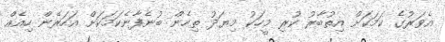
އެވަރުގެ ކަމަކަށް އިތުބާރު ކުރި މީހަކު މިޔަދު ތިހެން ބުނެފާނެކަމަކަށް އަހަރެން ހިއެއް